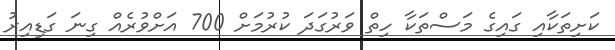
ކަށިތަކާއި ގައިގެ މަސްތަކާ ހިތް ވަރުގަދަ ކުރުމަށް 700 އަށްވުރެއް ގިނަ ގަޑިއިރު